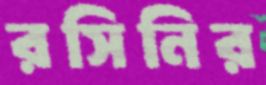
রসিনির